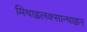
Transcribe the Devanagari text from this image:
मिथाइलक्सान्थाइन